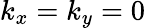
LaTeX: k_{x}=k_{y}=0